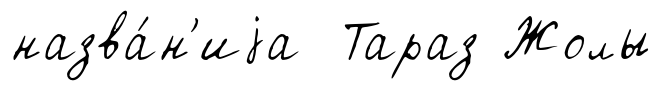
назва́н'иjа Тараз Жолы